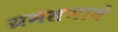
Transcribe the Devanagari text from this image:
ग्रमसभायें